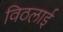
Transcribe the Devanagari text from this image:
विठलाई